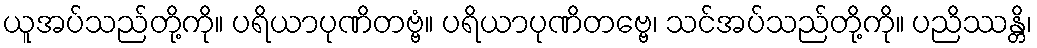
ယူအပ်သည်တို့ကို။ ပရိယာပုဏိတဗ္ဗံ။ ပရိယာပုဏိတဗ္ဗေ၊ သင်အပ်သည်တို့ကို။ ပညိဿန္တိ၊